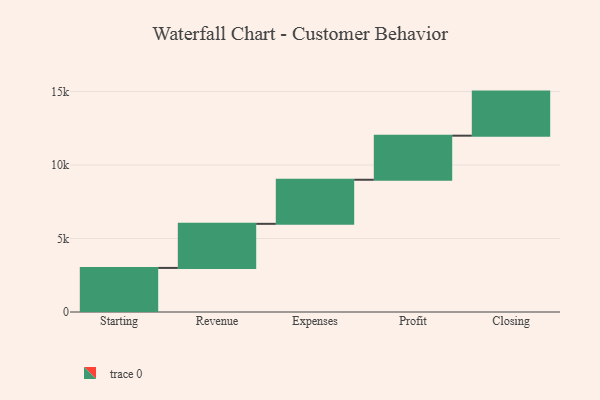
{"axis": {"x": "Step", "y": "Value"}, "legend": [""], "data": [{"x": "Starting", "y": 3000, "type": ""}, {"x": "Revenue", "y": 3000, "type": ""}, {"x": "Expenses", "y": 3000, "type": ""}, {"x": "Profit", "y": 3000, "type": ""}, {"x": "Closing", "y": 3000, "type": ""}]}